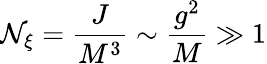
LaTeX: \mathcal{N}_{\xi}={\frac{{J}}{{M^{3}}}}\sim{\frac{{g^{2}}}{{M}}}\gg1